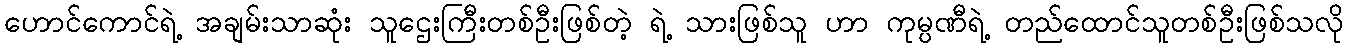
ဟောင်ကောင်ရဲ့ အချမ်းသာဆုံး သူဌေးကြီးတစ်ဦးဖြစ်တဲ့ ရဲ့ သားဖြစ်သူ ဟာ ကုမ္ပဏီရဲ့ တည်ထောင်သူတစ်ဦးဖြစ်သလို